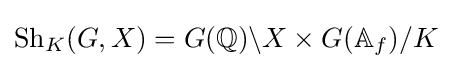
\operatorname {Sh} _{K}(G,X)=G(\mathbb {Q} )\backslash X\times G(\mathbb {A} _{f})/K